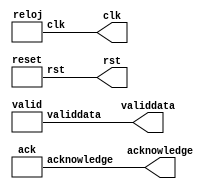
module probador(clk,rst,acknowledge,validdata);
output clk,rst,acknowledge,validdata;

reloj r1(clk);
reset rs(rst);
ack a1(acknowledge);
valid d1(validdata);
endmodule
//generacion del reloj
module reloj(clk);
output clk;
reg clk;  
initial
  begin 
 
  clk =0;
  end
  always
	begin
   #250 clk =1;
   #250 clk =0;
   
	end
endmodule
//generacion del reset
module reset (rst);
output rst;
reg rst;
initial
	begin
	 rst=0;
	#2 rst=~rst;
	#500 rst=~rst;
	end
endmodule

module ack (acknowledge);
output acknowledge;
reg acknowledge;
initial
	begin
	
	 acknowledge=0;
	#25000 acknowledge=~acknowledge;
	#500 acknowledge=~acknowledge;
	#27500 acknowledge=~acknowledge;
	#500 acknowledge=~acknowledge;
	end
endmodule

module valid (validdata);
output validdata;
reg validdata;
initial
	begin
	
	validdata=0;
	#2500 validdata=~validdata;
	#500 validdata=~validdata;
	#26000 validdata=~validdata;
	#500 validdata=~validdata;
	#32000 validdata=~validdata;
	#500 validdata=~validdata;
	end
endmodule